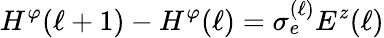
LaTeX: H^{\varphi}(\ell+1)-H^{\varphi}(\ell)=\sigma_{e}^{(\ell)}E^{z}(\ell)